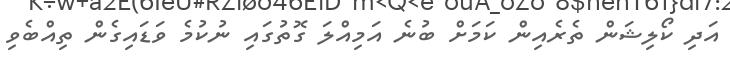
އަދި ކޯލިޝަން ތެރެއިން ކަމަށް ބުނެ އަމިއްލަ ގޮތުގައި ނުކުމެ ވަޑައިގެން ތިއްބެވި